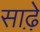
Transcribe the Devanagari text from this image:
साढ़़ेे